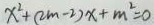
x ^ { 2 } + ( 2 m - 2 ) x + m ^ { 2 } = 0